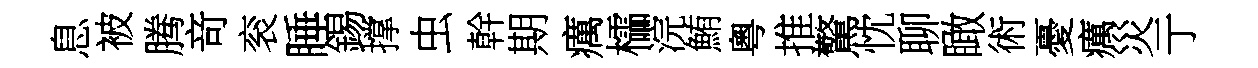
息被腾竒衮睡錫撑虫幹期癘櫺浣鮪粵推驚忱聊瞰術憂癘災亍